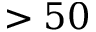
> 5 0